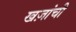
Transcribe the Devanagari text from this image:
खज़ांची